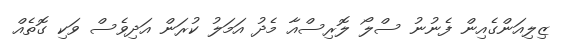
ޒިލިއަންގެއިން ފެނުނު ސްލޯ ލޮރިސްއާ މެދު އަމަލު ކުރަން އަދިވެސް ވަކި ގޮތެއް